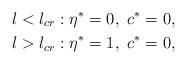
LaTeX: \begin{align*} &l<l_{cr}:\eta^*=0, \ c^*=0, \\ &l>l_{cr}:\eta^*=1, \ c^*=0, \end{align*}